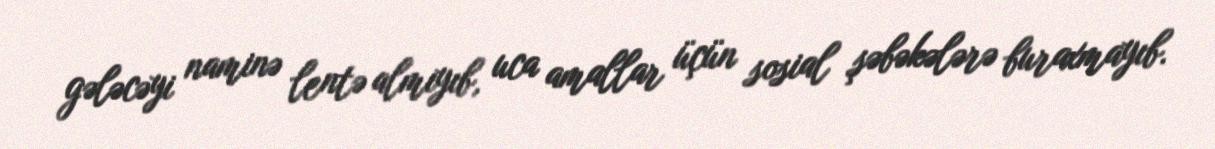
gələcəyi naminə lentə almıyıb, uca amallar üçün sosial şəbəkələrə buraxmayıb.